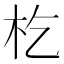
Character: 杚